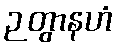
ဉတွာနဟံ